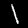
Label: 1